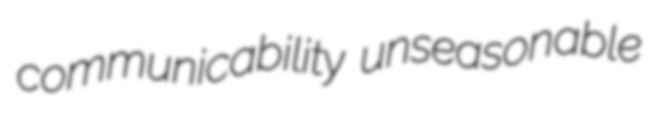
communicability unseasonable